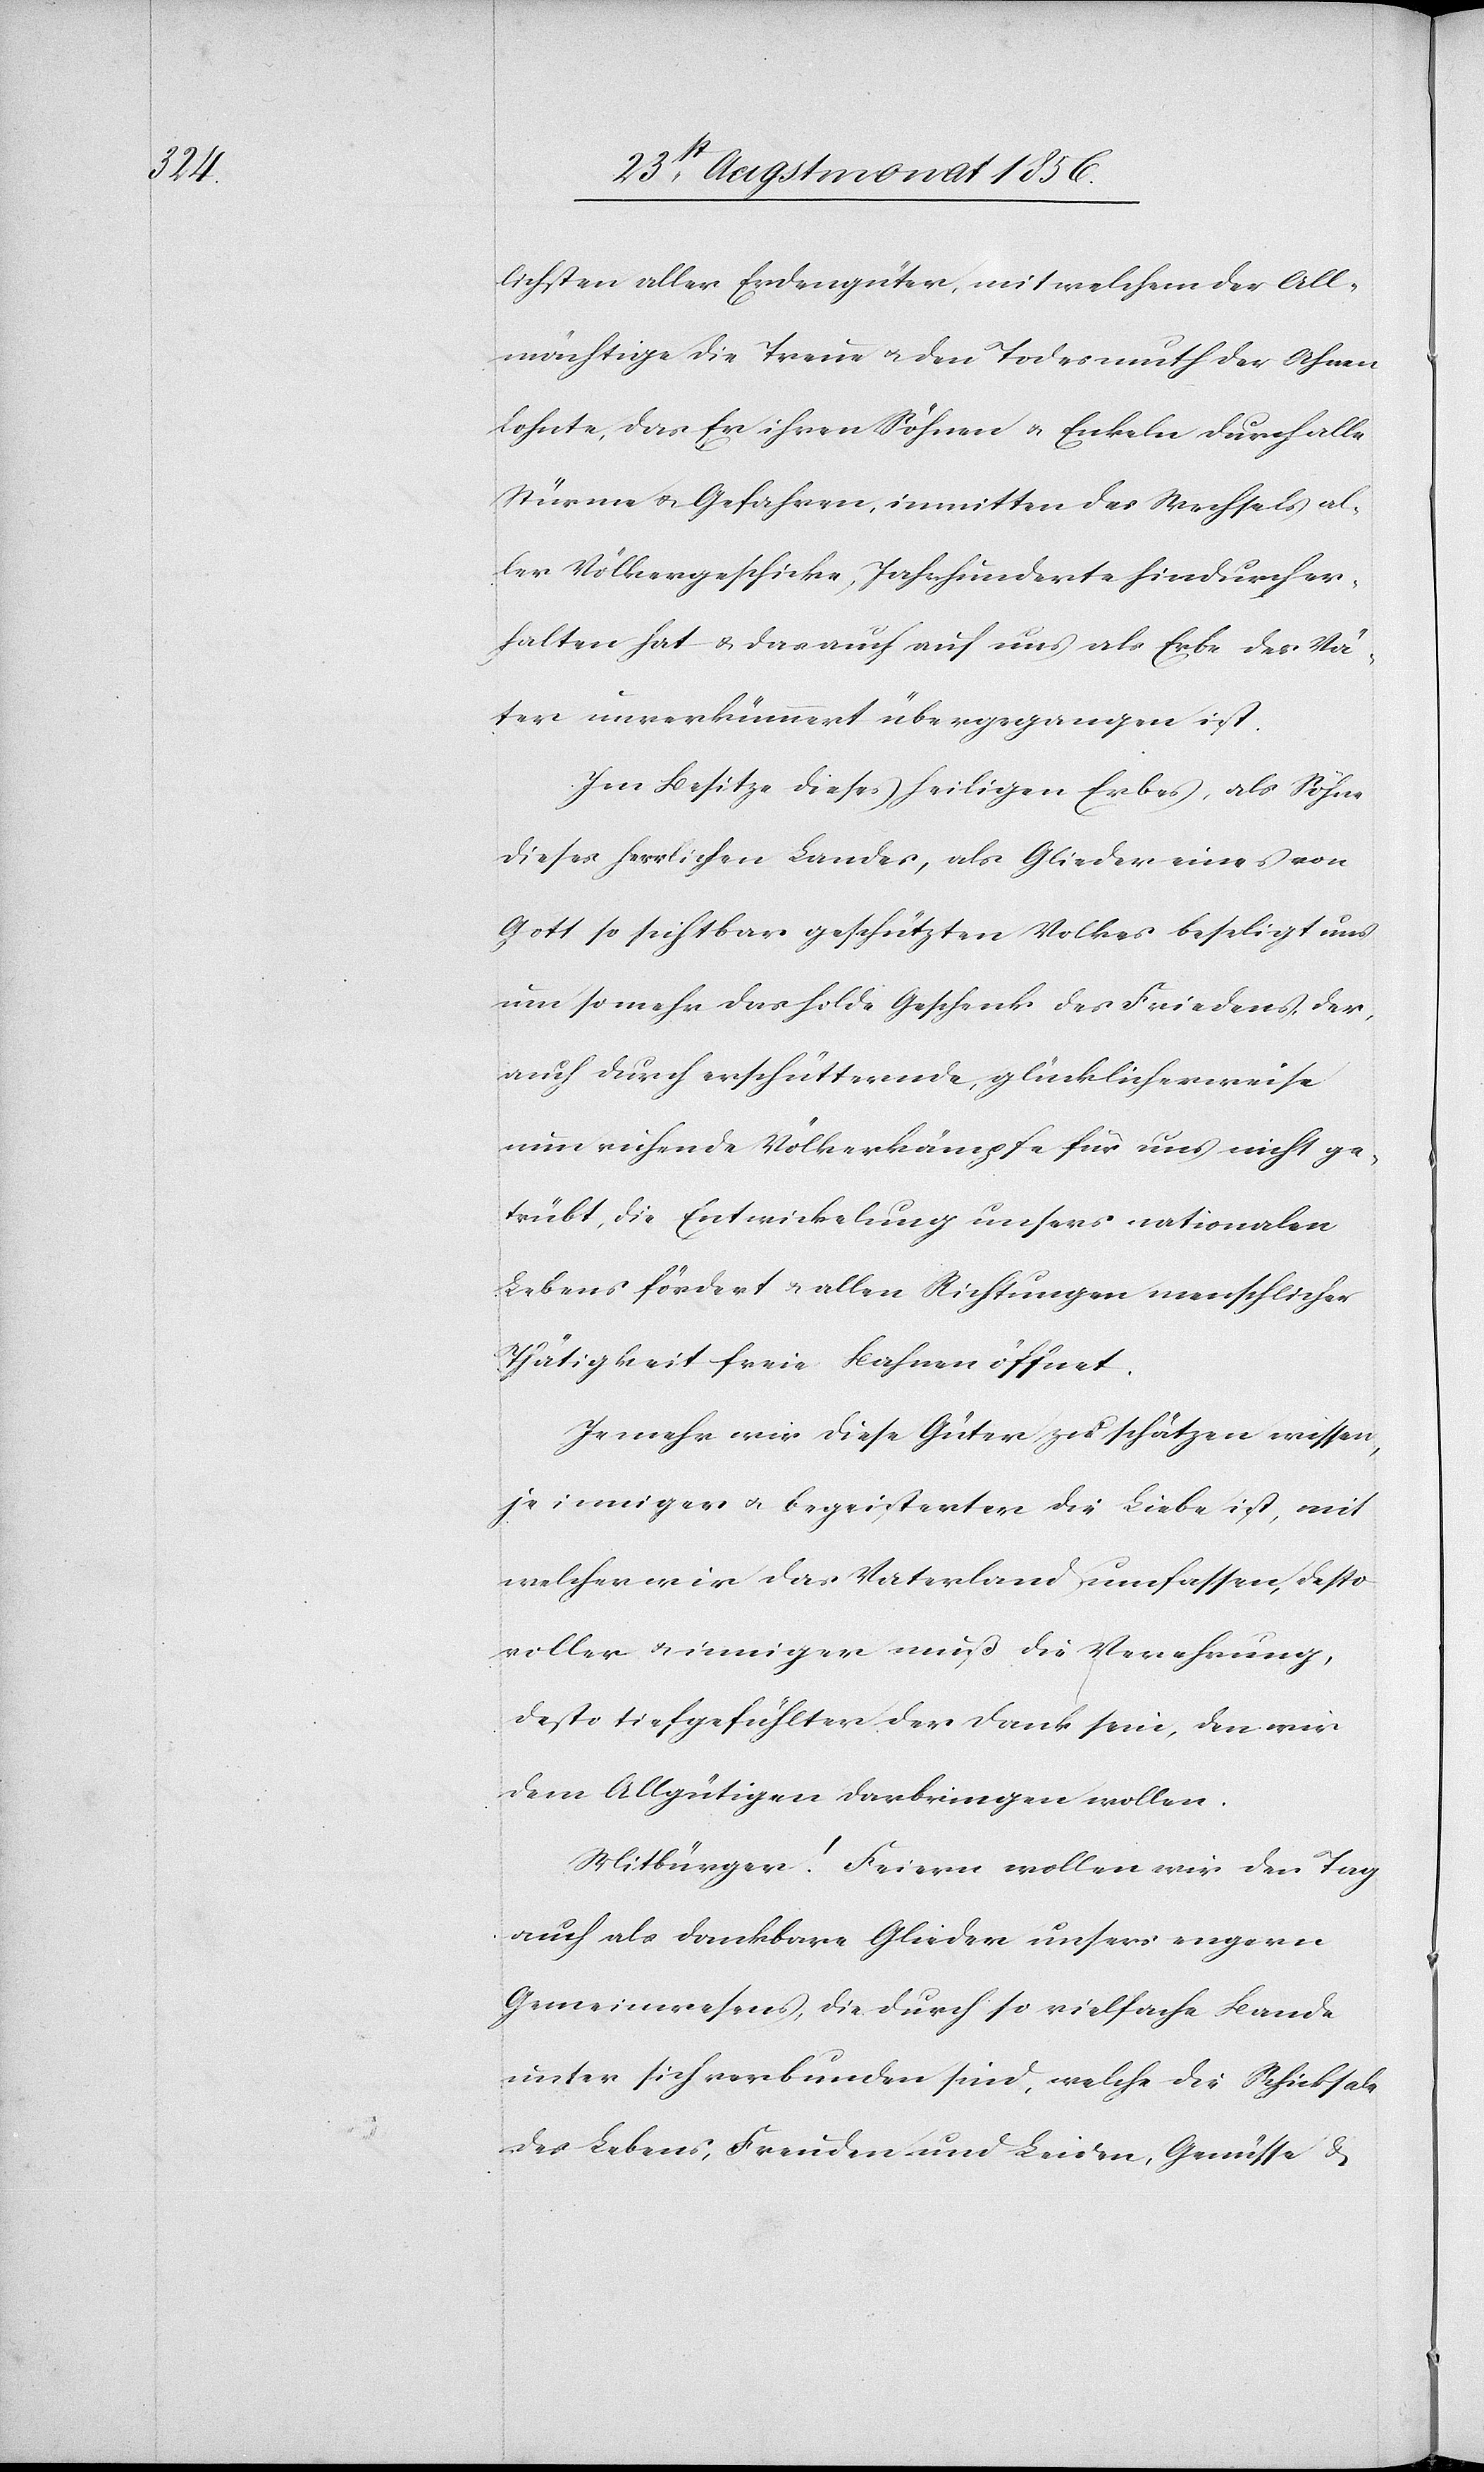
lichsten aller Erdengüter, mit welchem der All¬
mächtige die Treue u. den Todesmuth der Ahnen
lohnte, das Er ihren Söhnen u. Enkeln durch alle
Stürme u. Gefahren, inmitten des Wechsels al¬
ler Völkergeschicke, Jahrhunderte hindurch er¬
halten hat & das auch auf uns als Erbe der Vä¬
ter unverkümmert übergegangen ist.
Im Besitze dieses heiligen Erbes, als Söhne
dieses herrlichen Landes, als Glieder eines von
Gott so sichtbar geschützten Volkes beseligt uns
um so mehr das holde Geschenk des Friedens, der,
auch durch erschütternde, glücklicherweise
nun ruhende Völkerkämpfe für uns nicht ge¬
trübt, die Entwickelung unsers nationalen
Lebens fördert & allen Richtungen menschlicher
Thätigkeit freie Bahnen öffnet.
Je mehr wir diese Güter zu schätzen wissen,
je inniger u. begeisterter die Liebe ist, mit
welcher wir das Vaterland umfassen, desto
voller u. inniger muß die Verehrung,
desto tiefgefühlter der Dank sein, den wir
dem Allgütigen darbringen wollen.
Mitbürger! Feiern wollen wir den Tag
auch als dankbare Glieder unsers engern
Gemeinwesens, die durch so vielfache Bande
unter sich verbunden sind, welche die Schicksale
des Lebens, Freuden und Leiden, Genüsse &